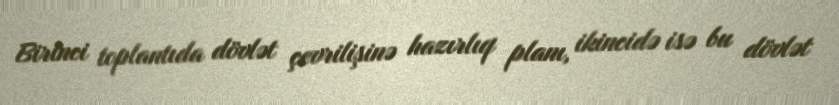
Birinci toplantıda dövlət çevrilişinə hazırlıq planı, ikincidə isə bu dövlət